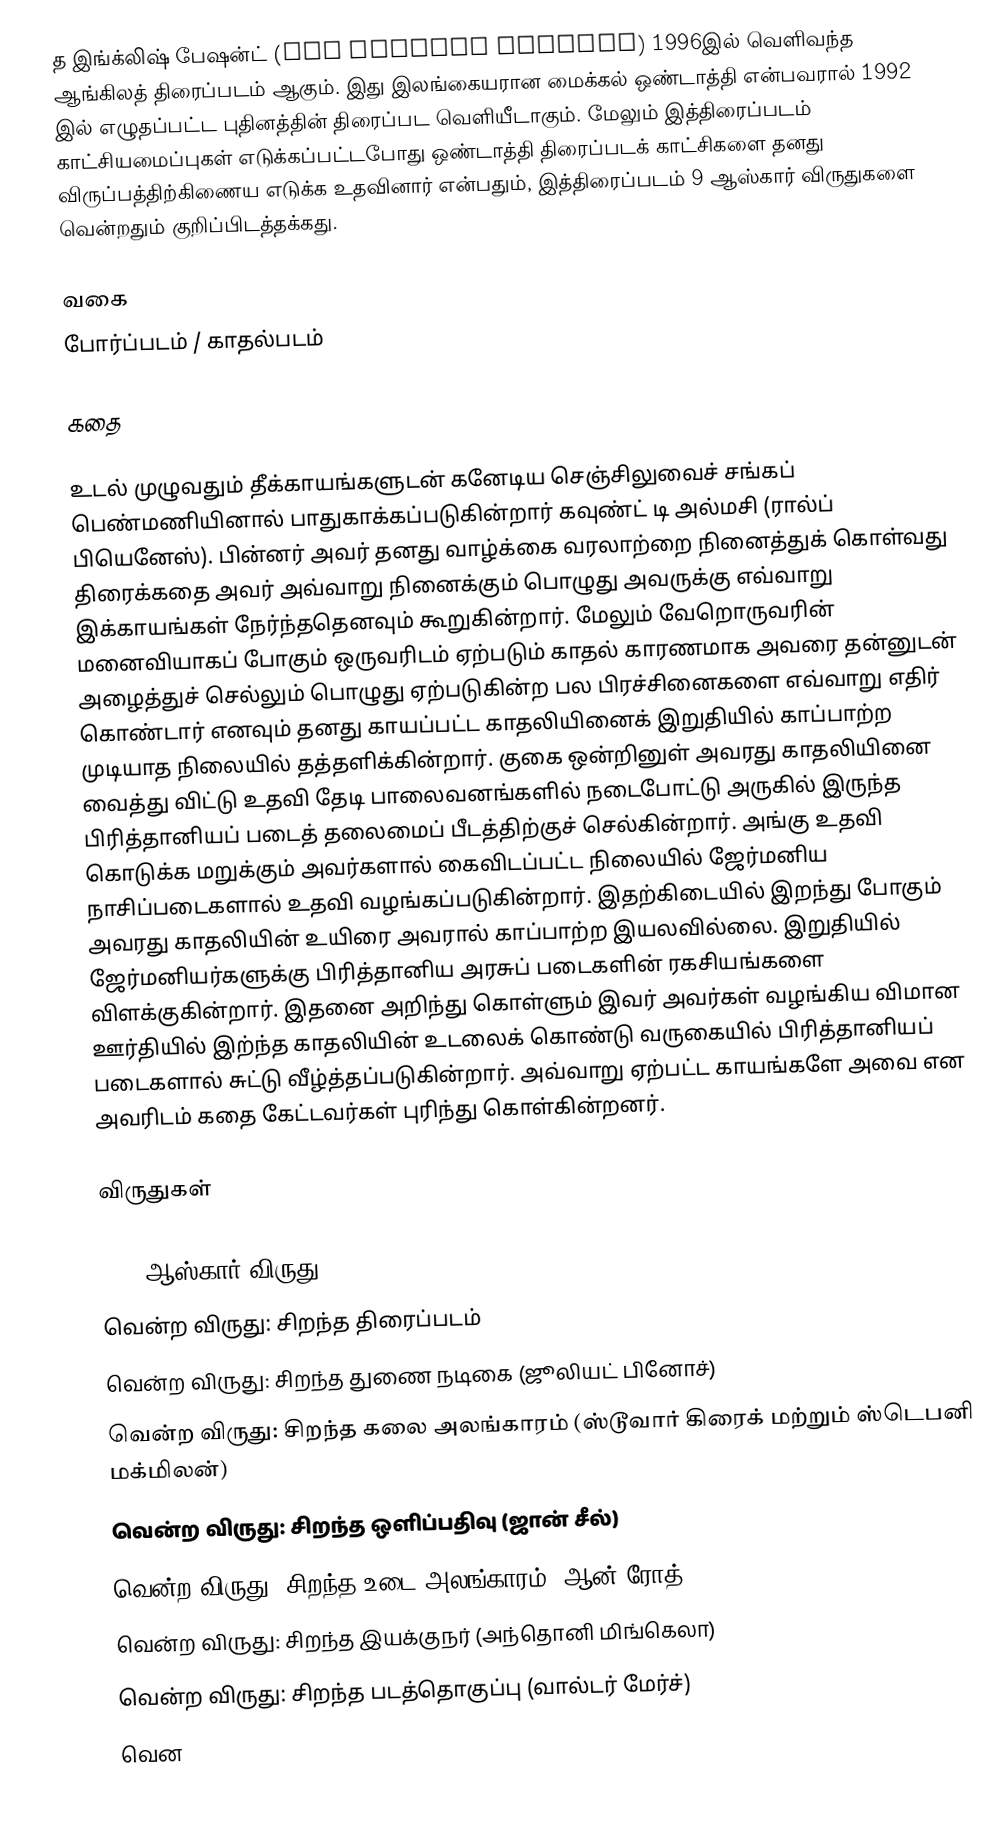
த இங்க்லிஷ் பேஷன்ட் (The English Patient) 1996இல் வெளிவந்த ஆங்கிலத் திரைப்படம் ஆகும். இது இலங்கையரான மைக்கல் ஒண்டாத்தி என்பவரால் 1992 இல் எழுதப்பட்ட புதினத்தின் திரைப்பட வெளியீடாகும். மேலும் இத்திரைப்படம் காட்சியமைப்புகள் எடுக்கப்பட்டபோது ஒண்டாத்தி திரைப்படக் காட்சிகளை தனது விருப்பத்திற்கிணைய எடுக்க உதவினார் என்பதும், இத்திரைப்படம் 9 ஆஸ்கார் விருதுகளை வென்றதும் குறிப்பிடத்தக்கது.

வகை
போர்ப்படம் / காதல்படம்

கதை

உடல் முழுவதும் தீக்காயங்களுடன் கனேடிய செஞ்சிலுவைச் சங்கப் பெண்மணியினால் பாதுகாக்கப்படுகின்றார் கவுண்ட் டி அல்மசி (ரால்ப் பியெனேஸ்). பின்னர் அவர் தனது வாழ்க்கை வரலாற்றை நினைத்துக் கொள்வது திரைக்கதை அவர் அவ்வாறு நினைக்கும் பொழுது அவருக்கு எவ்வாறு இக்காயங்கள் நேர்ந்ததெனவும் கூறுகின்றார். மேலும் வேறொருவரின் மனைவியாகப் போகும் ஒருவரிடம் ஏற்படும் காதல் காரணமாக அவரை தன்னுடன் அழைத்துச் செல்லும் பொழுது ஏற்படுகின்ற பல பிரச்சினைகளை எவ்வாறு எதிர் கொண்டார் எனவும் தனது காயப்பட்ட காதலியினைக் இறுதியில் காப்பாற்ற முடியாத நிலையில் தத்தளிக்கின்றார். குகை ஒன்றினுள் அவரது காதலியினை வைத்து விட்டு உதவி தேடி பாலைவனங்களில் நடைபோட்டு அருகில் இருந்த பிரித்தானியப் படைத் தலைமைப் பீடத்திற்குச் செல்கின்றார். அங்கு உதவி கொடுக்க மறுக்கும் அவர்களால் கைவிடப்பட்ட நிலையில் ஜேர்மனிய நாசிப்படைகளால் உதவி வழங்கப்படுகின்றார். இதற்கிடையில் இறந்து போகும் அவரது காதலியின் உயிரை அவரால் காப்பாற்ற இயலவில்லை. இறுதியில் ஜேர்மனியர்களுக்கு பிரித்தானிய அரசுப் படைகளின் ரகசியங்களை விளக்குகின்றார். இதனை அறிந்து கொள்ளும் இவர் அவர்கள் வழங்கிய விமான ஊர்தியில் இற்ந்த காதலியின் உடலைக் கொண்டு வருகையில் பிரித்தானியப் படைகளால் சுட்டு வீழ்த்தப்படுகின்றார். அவ்வாறு ஏற்பட்ட காயங்களே அவை என அவரிடம் கதை கேட்டவர்கள் புரிந்து கொள்கின்றனர்.

விருதுகள்

1997 ஆஸ்கார் விருது
 வென்ற விருது: சிறந்த திரைப்படம்
 வென்ற விருது: சிறந்த துணை நடிகை (ஜூலியட் பினோச்)
 வென்ற விருது: சிறந்த கலை அலங்காரம் (ஸ்டூவார் கிரைக் மற்றும் ஸ்டெபனி மக்மிலன்)
 வென்ற விருது: சிறந்த ஒளிப்பதிவு (ஜான் சீல்)
 வென்ற விருது: சிறந்த உடை அலங்காரம் (ஆன் ரோத்)
 வென்ற விருது: சிறந்த இயக்குநர் (அந்தொனி மிங்கெலா)
 வென்ற விருது: சிறந்த படத்தொகுப்பு (வால்டர் மேர்ச்)
 வென